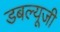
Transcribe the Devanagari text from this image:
डबल्यूजी